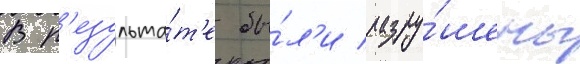
В р'езульта́т'е бы́л'и разру́шены